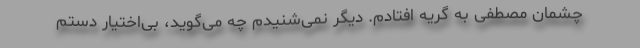
چشمان مصطفی به گریه افتادم. دیگر نمی‌شنیدم چه می‌گوید، بی‌اختیار دستم